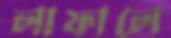
লাফালে